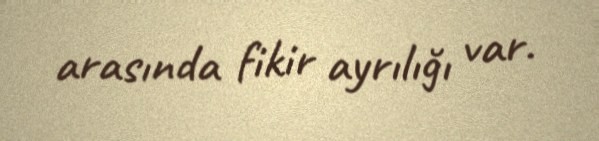
arasında fikir ayrılığı var.